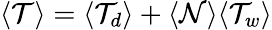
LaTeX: \langle\mathcal{T}\rangle=\langle\mathcal{T}_{d}\rangle+\langle\mathcal{N}\rangle\langle\mathcal{T}_{w}\rangle